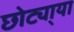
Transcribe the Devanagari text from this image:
छोट्या्या